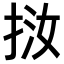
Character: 𢬨